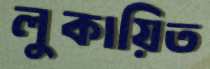
লুকায়িত